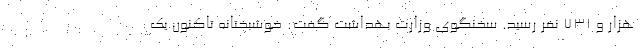
هزار و ۷۳۱ نفر رسید. سخنگوی وزارت بهداشت گفت: خوشبختانه تاکنون یک